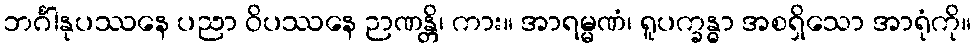
ဘင်္ဂါနုပဿနေ ပညာ ဝိပဿနေ ဉာဏန္တိ၊ ကား။ အာရမ္မဏံ၊ ရူပက္ခန္ဓာ အစရှိသော အာရုံကို။